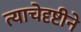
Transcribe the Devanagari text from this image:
त्याचेदृष्टीने